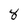
Character: 8